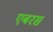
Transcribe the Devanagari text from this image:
एबरस